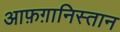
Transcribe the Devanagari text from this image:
आफ़ग़ानिस्तान